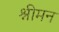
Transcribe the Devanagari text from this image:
श्नीमन